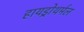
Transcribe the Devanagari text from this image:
हायड्रोथर्मल